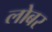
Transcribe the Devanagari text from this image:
लोबर